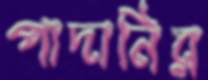
পাদানির